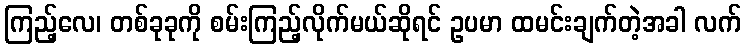
ကြည့်လေ၊ တစ်ခုခုကို စမ်းကြည့်လိုက်မယ်ဆိုရင် ဥပမာ ထမင်းချက်တဲ့အခါ လက်